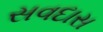
સવદાસ